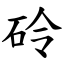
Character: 砱